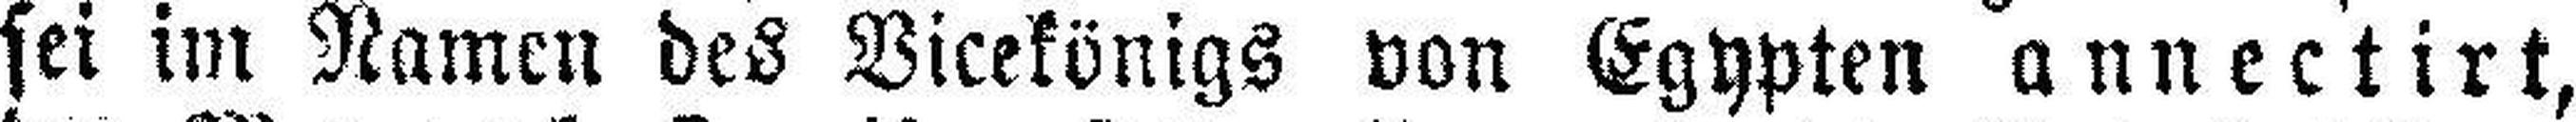
sei im Namen des Vicekönigs von Egypten annectirt,